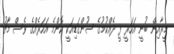
މީރާއިން ބުނީ އަހަރީ ފީ ދެއްކުމުގެ ސުންގަޑިއަކީ ކޮންމެ އަހަރެއްގެ ވެސް މާޗު